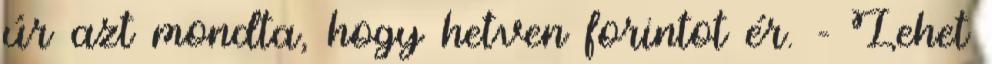
úr azt mondta, hogy hetven forintot ér. - Lehet